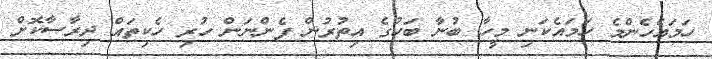
ހަމައެހެންމެ ހަމައެކަނި މީހާ ބުނާ ބަހުގެ އިތުރުން ފެންނަން ހުރި ހެކިތައް ދިރާސާކޮށް